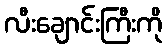
လီးချောင်းကြီးကို